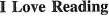
ILove Reading